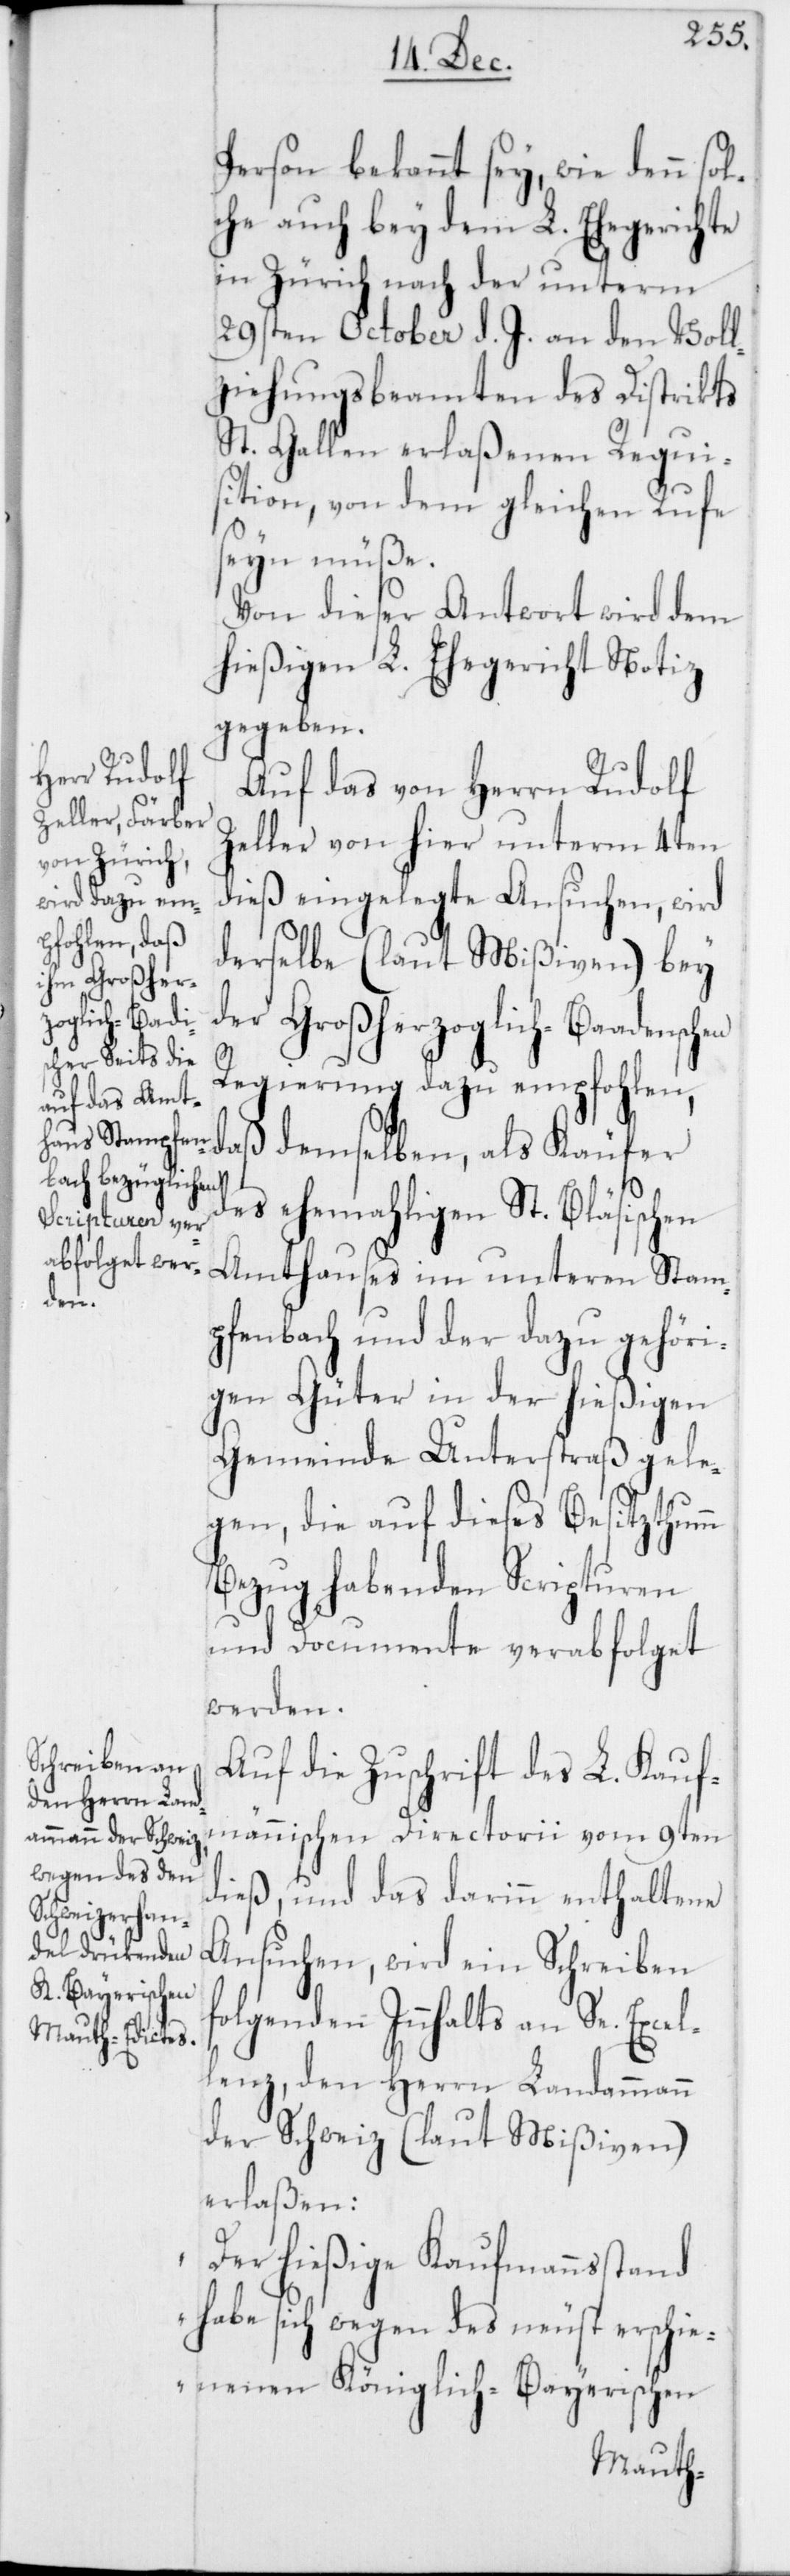
en

Person bekannt sey, wie denn sol¬
che auch bey dem L. Ehegerichte
in Zürich nach der unterm
29sten October d. J. an den Voll¬
ziehungsbeamten des Distrikts
St. Gallen erlaßenen Requi¬
sition, von dem gleichen Rufe
seyn müße.
Von dieser Antwort wird dem
hießigen L. Ehegericht Notiz
gegeben.
Auf das von Herrn Rudolf
Zeller von hier unterm 4ten
dieß eingelegte Ansuchen, wird
derselbe (laut Mißiven) bey
der Großherzoglich-Baadensch¬
Regierung dazu empfohlen,
daß demselben, als Käufer
des ehemaligen St. Bläsischen
Amtshauses im unteren Stam¬
pfenbach und der dazu gehöri¬
gen Güter in der hießigen
Gemeinde Unterstraß gele¬
gen, die auf dieses Besitzthumm
Bezug habenden Scripturen
und Documente verabfolget
werden.
Auf die Zuschrift des L. Kauf¬
männischen Directorii vom 9ten
dieß, und das darinn enthaltene
Ansuchen, wird ein Schreiben
folgenden Innhalts an Se. Excel¬
lenz,den Herrn Landammann
der Schweiz (laut Mißiven)
erlaßen:
„Der hießige Kaufmannsstand
habe sich wegen des neust erschi¬
enen Königlich-Bayerischen